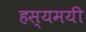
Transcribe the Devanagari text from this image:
हस्यमयी